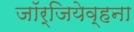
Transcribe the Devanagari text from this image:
जॉर्जियेव्हना